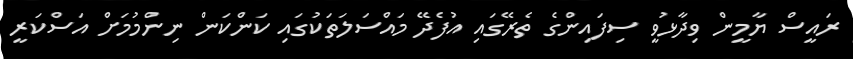
ރައީސް ޔާމީން ވިދާޅުވީ ސިފައިންގެ ތެރޭގައި އުފެދޭ މައްސަލަތަކުގައި ކަންކަން ނިންމުމަށް އަސްކަރީ